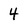
Character: 4